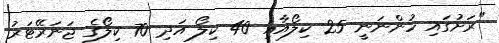
"ރަށުގައި ހުންނަނީ 25 ކިލޯއާއި 40 ކިލޯ އަދި 70 ކިލޯގެ ޖަނަރޭޓަރު